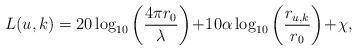
LaTeX: \begin{align*}L(u,k)=20\log_{10}\left(\frac{4\pi r_0}{\lambda}\right)\!+\! 10\alpha \log_{10}\left(\frac{r_{u,k}}{r_0}\right)\!+\!\chi, \end{align*}